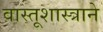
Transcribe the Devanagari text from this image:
वास्तूशास्त्राने